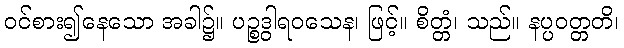
ဝင်စား၍နေသော အခါ၌။ ပဉ္စဒွါရဝသေန၊ ဖြင့်။ စိတ္တံ၊ သည်။ နပ္ပဝတ္တတိ၊